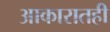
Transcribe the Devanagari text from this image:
आकारातही